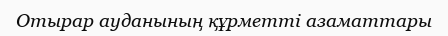
Отырар ауданының құрметті азаматтары